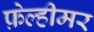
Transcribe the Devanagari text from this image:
फ़ेल्हीमर